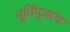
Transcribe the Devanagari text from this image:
मूर्तिपूजाच